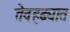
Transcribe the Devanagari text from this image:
तेवहढ्यात